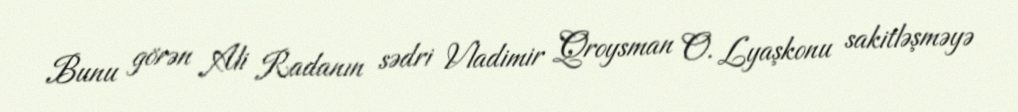
Bunu görən Ali Radanın sədri Vladimir Qroysman O. Lyaşkonu sakitləşməyə